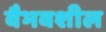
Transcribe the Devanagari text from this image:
वैभवशील